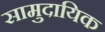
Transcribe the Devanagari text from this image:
सामुदायिक